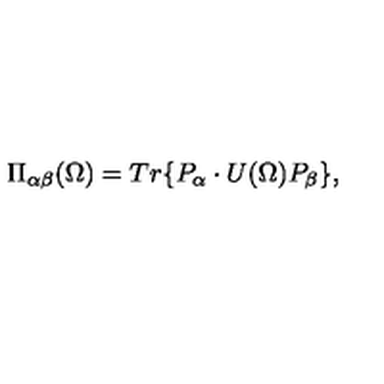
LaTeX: \Pi _ { \alpha \beta } ( \Omega ) = T r \{ P _ { \alpha } \cdot U ( \Omega ) P _ { \beta } \} ,